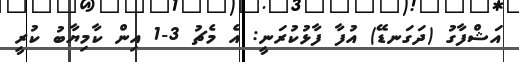
އަޝްފާގު (ދަގަނޑޭ) އުފާ ފާޅުކުރަނީ: އެ މެޗު 3-1 އިން ކާމިޔާބު ކުރީ